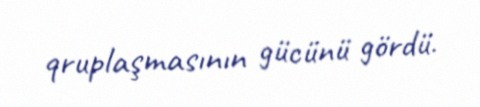
qruplaşmasının gücünü gördü.